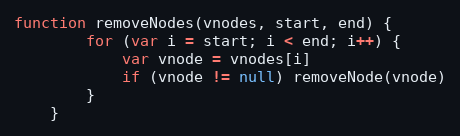
Language: JavaScript
function removeNodes(vnodes, start, end) {
		for (var i = start; i < end; i++) {
			var vnode = vnodes[i]
			if (vnode != null) removeNode(vnode)
		}
	}